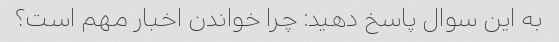
به این سوال پاسخ دهید: چرا خواندن اخبار مهم است؟